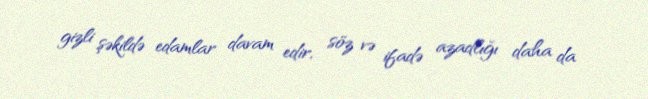
gizli şəkildə edamlar davam edir, söz və ifadə azadlığı daha da